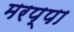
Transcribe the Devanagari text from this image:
मरप्पा